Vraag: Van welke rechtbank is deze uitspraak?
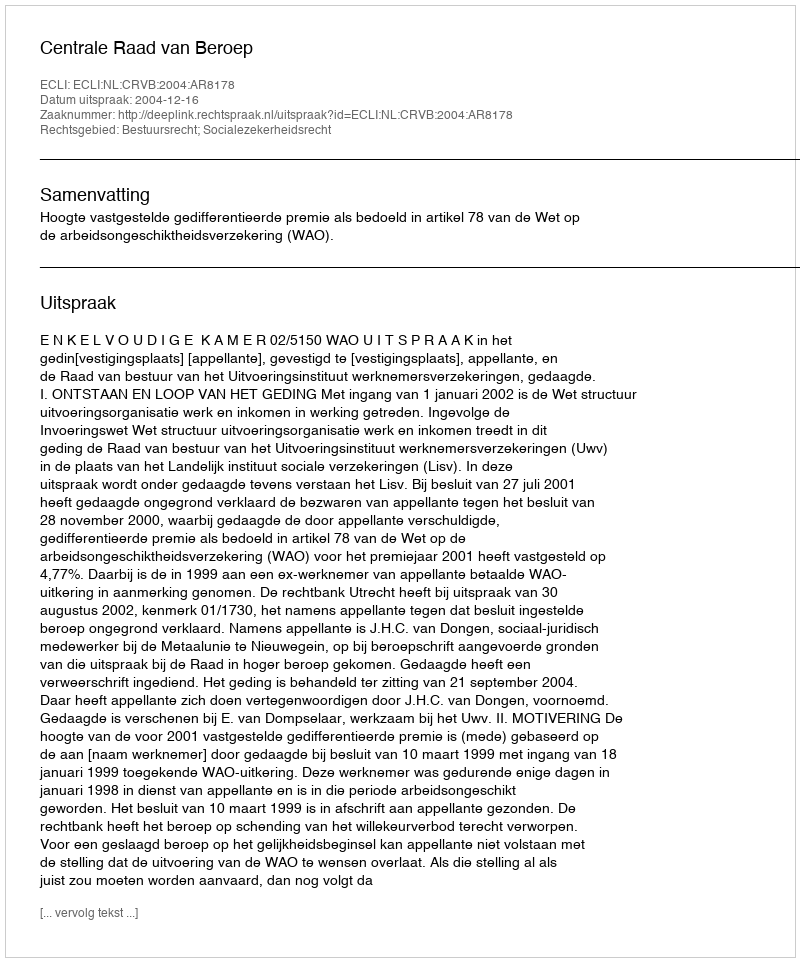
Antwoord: Centrale Raad van Beroep